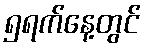
၅ရက်နေ့တွင်